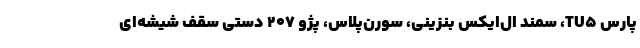
پارس TU5، سمند ال‌ایکس بنزینی، سورن‌پلاس، پژو 207 دستی سقف شیشه‌ای